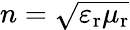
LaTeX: n=\sqrt{\varepsilon_{\mathrm{r}}\mu_{\mathrm{r}}}